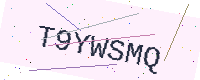
Text: T9YWSMQ